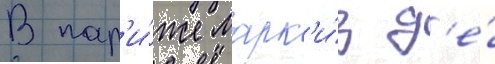
В пар'и́же марк'и́з д'е́